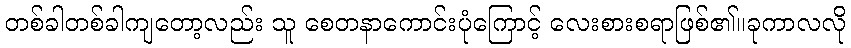
တစ်ခါတစ်ခါကျတော့လည်း သူ စေတနာကောင်းပုံကြောင့် လေးစားစရာဖြစ်၏။ခုကာလလို